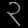
Digit: ၃